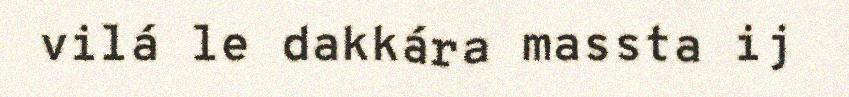
vilá le dakkára massta ij